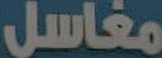
مغاسل